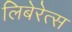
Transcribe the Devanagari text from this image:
लिबेरेत्स